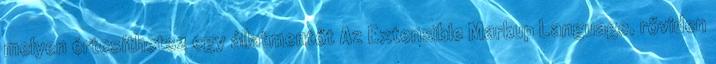
melyen értesíthetsz egy állatmentőt Az Extensible Markup Language, röviden